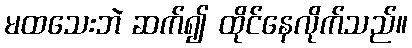
မထသေးဘဲ ဆက်၍ ထိုင်နေလိုက်သည်။